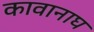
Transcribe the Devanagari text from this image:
कावानाघ